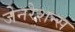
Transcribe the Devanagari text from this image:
जेनरेशन्स